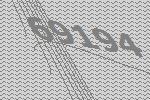
69194